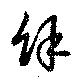
餘